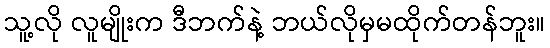
သူ့လို လူမျိုးက ဒီဘက်နဲ့ ဘယ်လိုမှမထိုက်တန်ဘူး။